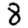
Digit: 8